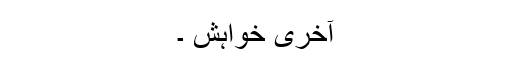
آخری خواہش ۔